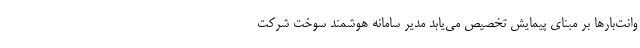
وانت‌بارها بر مبنای پیمایش تخصیص می‌یابد مدیر سامانه هوشمند سوخت شرکت